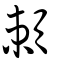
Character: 頼